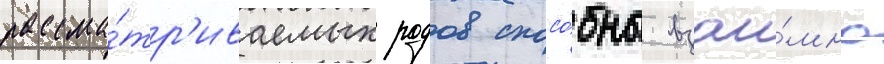
рассма́тр'иваемых родов спосо́бны взаи́мно